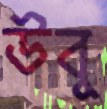
উবু